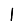
Digit: 1